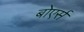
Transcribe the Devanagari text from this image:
बोएर्स